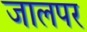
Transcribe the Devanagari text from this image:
जालपर